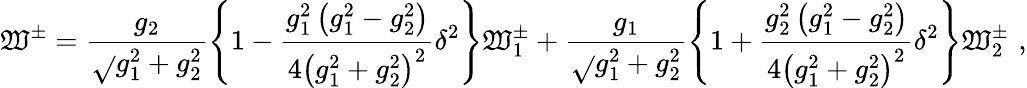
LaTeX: \mathfrak{W}^{\pm}=\frac{{g_{2}}}{{\sqrt{}{{g_{1}^{2}+g_{2}^{2}}}}}\left\{ 1-\frac{{g_{1}^{2}\left(g_{1}^{2}-g_{2}^{2}\right)}}{{4\left(g_{1}^{2}+g_{2}^{2}\right)^{2}}}\delta^{2}\right\} \mathfrak{W}_{1}^{\pm}+\frac{{g_{1}}}{{\sqrt{}{{g_{1}^{2}+g_{2}^{2}}}}}\left\{ 1+\frac{{g_{2}^{2}\left(g_{1}^{2}-g_{2}^{2}\right)}}{{4\left(g_{1}^{2}+g_{2}^{2}\right)^{2}}}\delta^{2}\right\} \mathfrak{W}_{2}^{\pm}\, \, ,